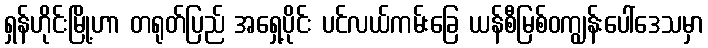
ရှန်ဟိုင်းမြို့ဟာ တရုတ်ပြည် အရှေ့ပိုင်း ပင်လယ်ကမ်းခြေ ယန်စီမြစ်ဝကျွန်းပေါ်ဒေသမှာ